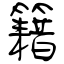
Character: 籍